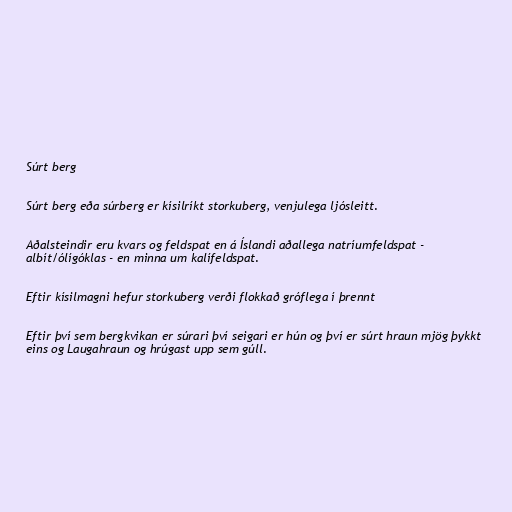
Súrt berg

Súrt berg eða súrberg er kísilríkt storkuberg, venjulega ljósleitt.

Aðalsteindir eru kvars og feldspat en á Íslandi aðallega natríumfeldspat -
albít/ólígóklas - en minna um kalífeldspat.

Eftir kísilmagni hefur storkuberg verði flokkað gróflega í þrennt

Eftir því sem bergkvikan er súrari því seigari er hún og því er súrt hraun mjög þykkt
eins og Laugahraun og hrúgast upp sem gúll.